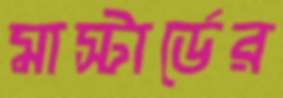
মাস্টার্ডের